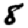
Digit: 8